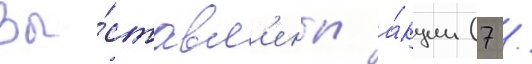
Вы́ставл'ены а́кции (7 /